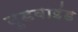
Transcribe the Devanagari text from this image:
वुडवाइंड